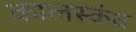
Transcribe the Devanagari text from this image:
कालस्कंध